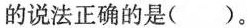
的说法正确的是( )。